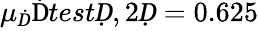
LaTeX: \mu_{Ḋ}\mathrm{Ḋ}testḌ,2Ḍ=0.625